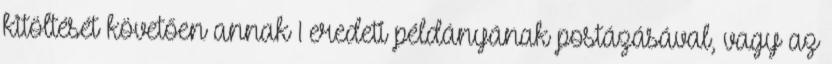
kitöltését követően annak 1 eredeti példányának postázásával, vagy az